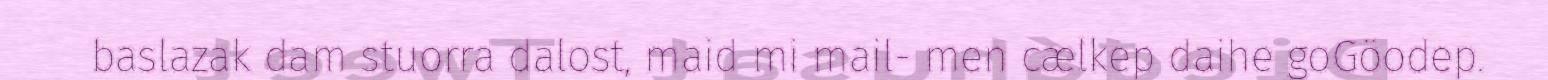
baslazak dam stuorra dalost, maid mi mail- men cælkep daihe goGöodep.